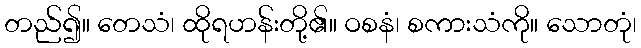
တည်၍။ တေသံ၊ ထိုရဟန်းတို့၏။ ဝစနံ၊ စကားသံကို။ သောတုံ၊